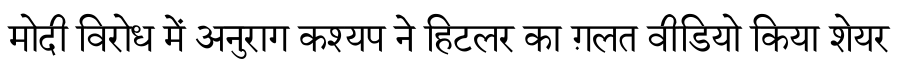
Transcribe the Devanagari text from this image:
मोदी विरोध में अनुराग कश्यप ने हिटलर का ग़लत वीडियो किया शेयर